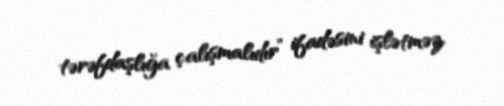
tərəfdaşlığa çalışmalıdır” ifadəsini işlətməz.